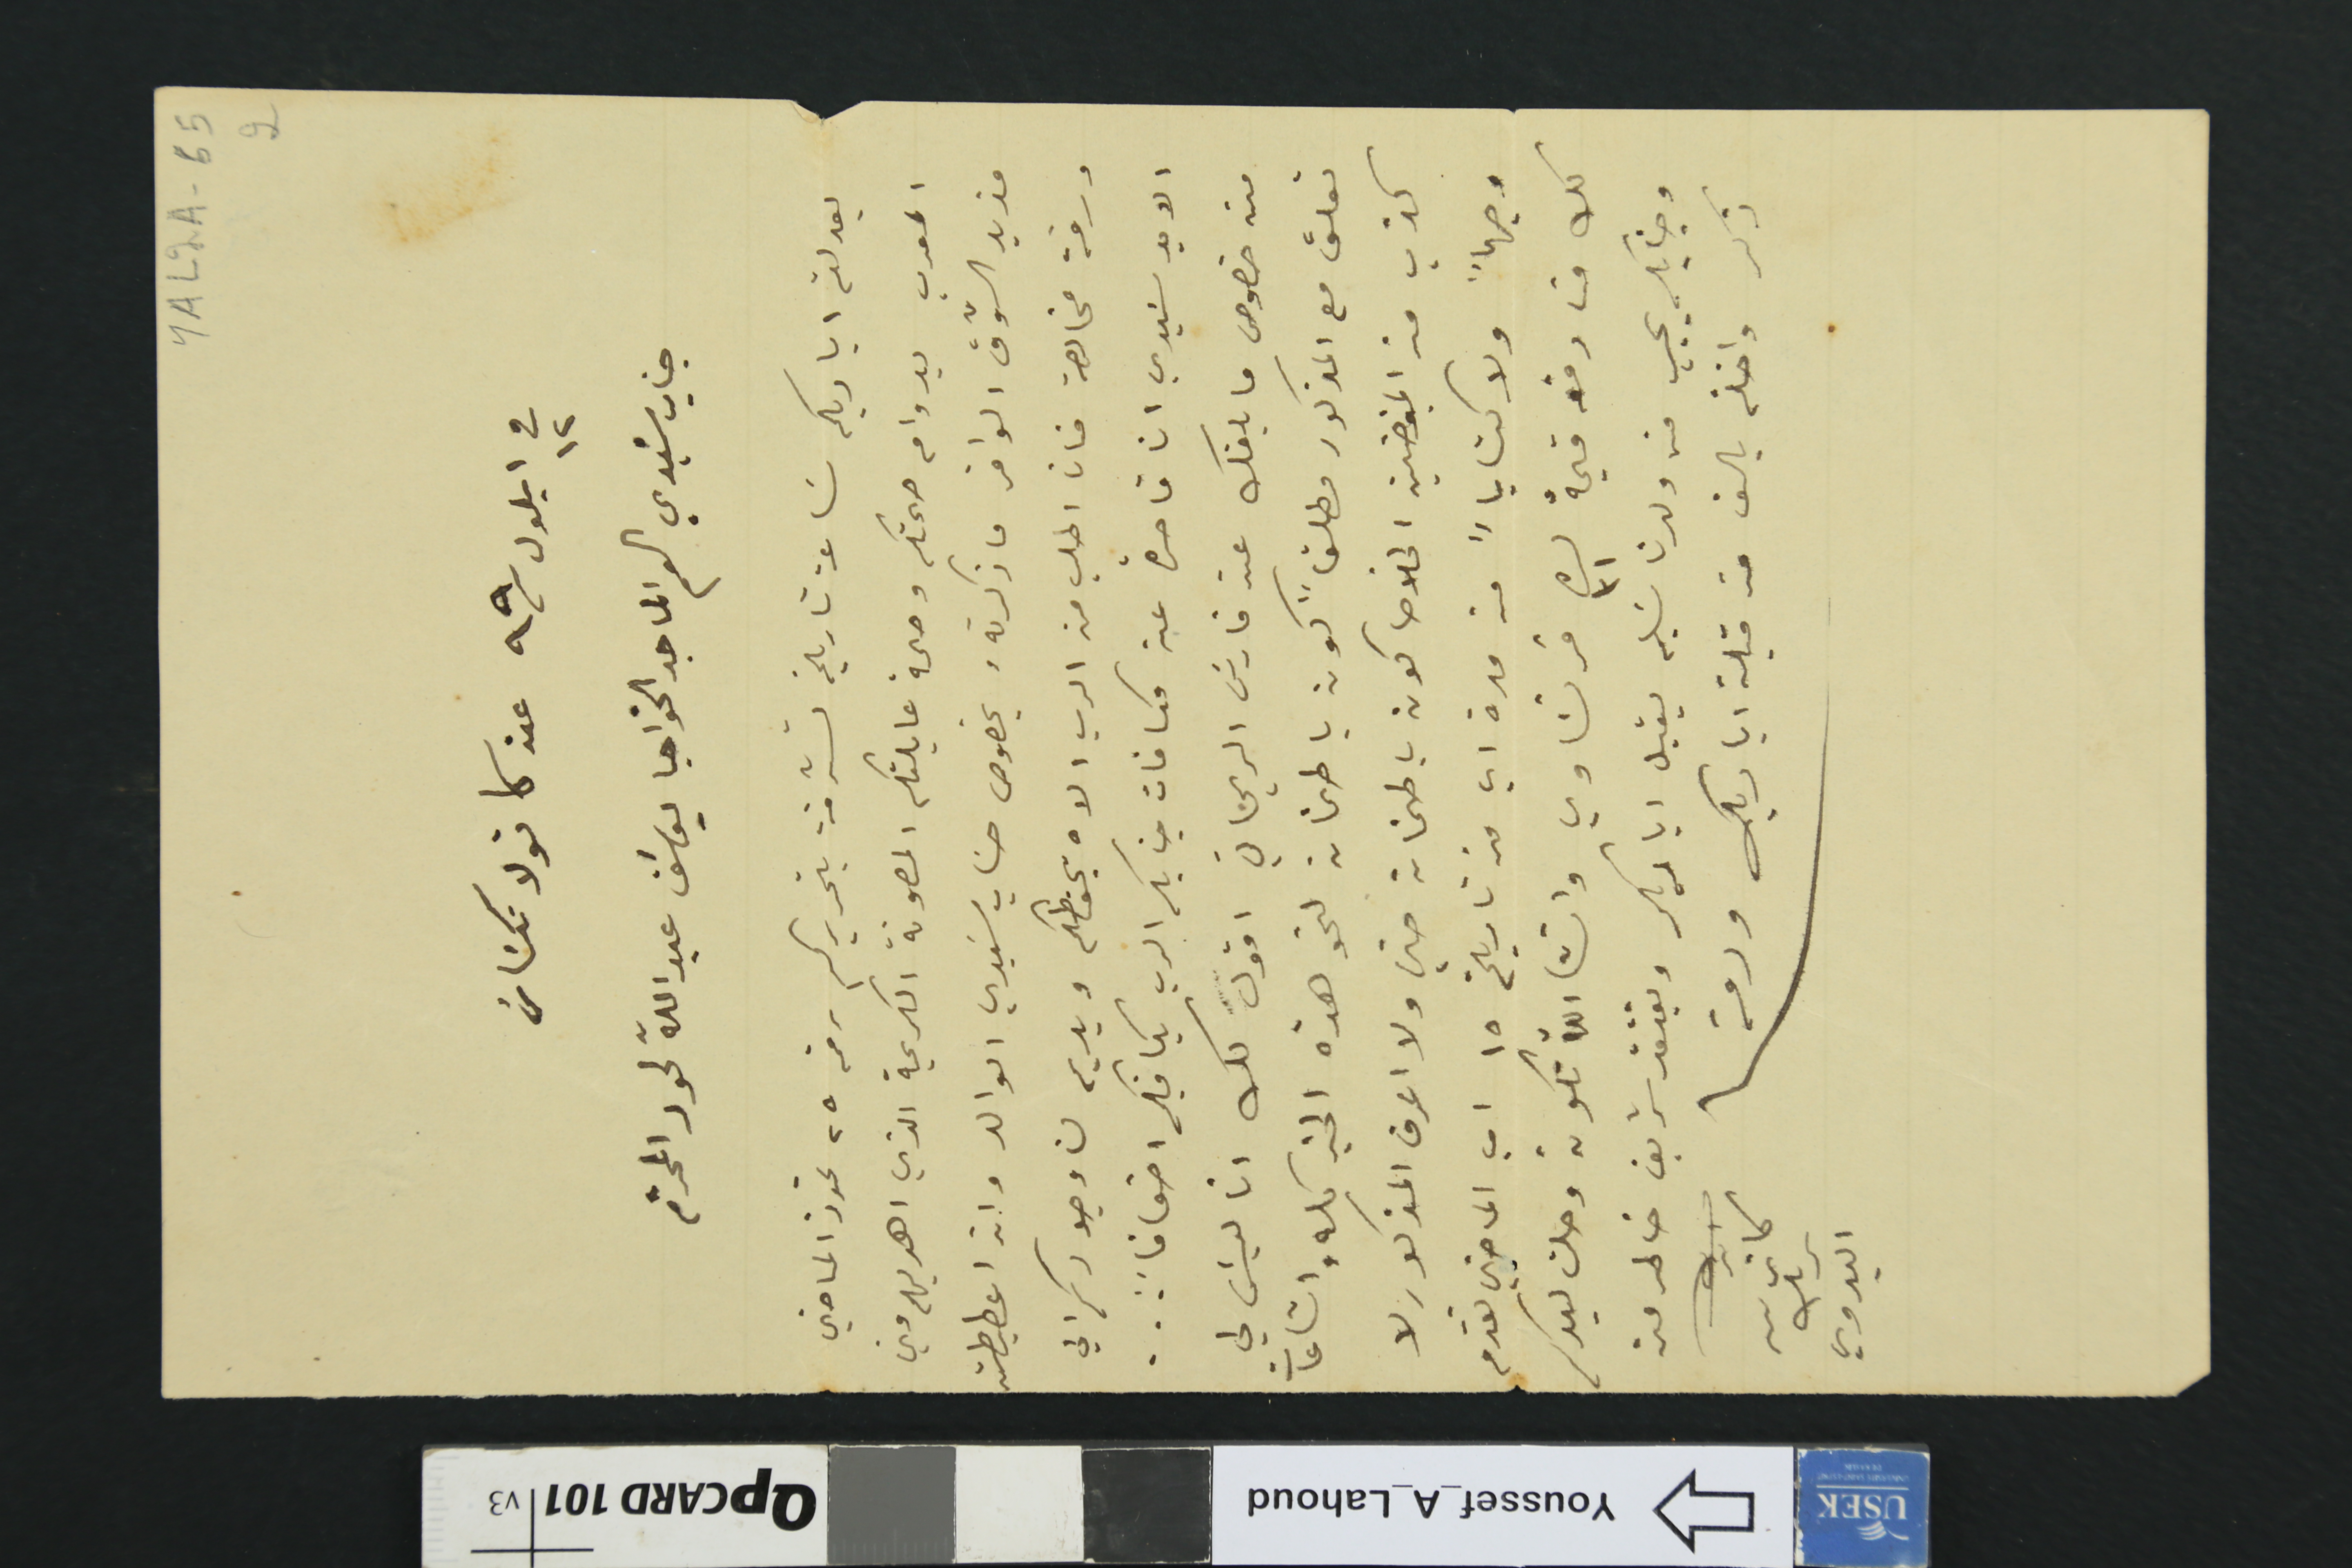
YAL2A-652
فى ١٢ ايلول /٩٩ عن كانولا تكسَاسَ
جناب سَيدي الماجد الخواجا يوسَف عبدالله لحود المحترم
بعد لثم اياديكم سَاعة تاريخه تشرفت بتحريركم رقم ٢٥ تموز الماضي
المعرب بدوام صحتكم وصحة عايلتكم المصونة الكريمة الذي اهديهم مني
مزيد الشوق الوافر ما ذكرته وبخصوص حسَاب سَيدي الوالد وانه اعطيطته
ورقة مخالصة فانا اطلب من الرب الاه يحفظكم ويديم لنا وجودكم الي
الابد سَيدي انا قاصرة عن مكافات جنابكم الرب يكافيكم اضعافاً...
من خصوص ما بلغك عن فارس الريحاني اقول لك انا ليسَ لي
تعلق مع المذكور مطلقاً كون باطمنان لنحو هذه الخبر كله واشاعات
كذب من المغرضين الخلاصا كون باطمنان حتى ولا اعرف المذكور لا
وجهاً ولا كتاباً من مدة اي من تاريخ ١٥ اب الماضي تقدم
لك منا دفعة قيمة ٣١ ليرة فرنساوي وانشالله تكون وصلت ليدكم
وجنابك يجيب من ولدنا سَليم يقبل اياديكم ويفتقد شريف خاطر من
ذكر واصلة بالف من قبلة اياديك ودمتم
كاترين
يزبك
البدوي